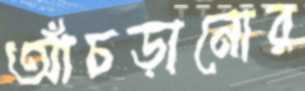
আঁচড়ানোর